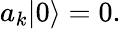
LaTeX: a_{k}|0\rangle=0.